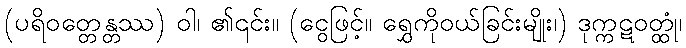
(ပရိဝတ္တေန္တဿ) ဝါ၊ ၏၎င်း။ (ငွေဖြင့်။ ရွှေကိုဝယ်ခြင်းမျိုး၊) ဒုက္ကဋဝတ္ထုံ၊